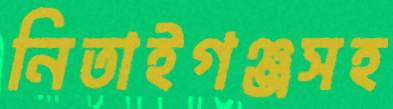
নিতাইগঞ্জসহ